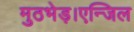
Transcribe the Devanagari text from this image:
मुठभेड़।एन्जिल